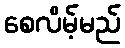
စေလိမ့်မည်